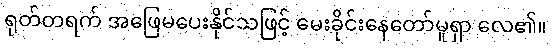
ရုတ်တရက် အဖြေမပေးနိုင်သဖြင့် မေးခိုင်းနေတော်မူရှာ လေ၏။